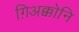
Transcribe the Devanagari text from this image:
ग़िअक्कोनि